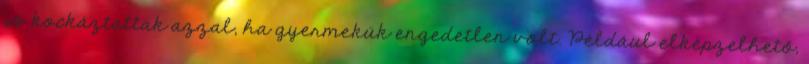
is kockáztattak azzal, ha gyermekük engedetlen volt. Például elképzelhető,